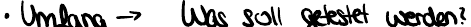
Umfang -> Was soll getestet werden?